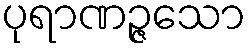
ပုရာဏဉ္ဇသော